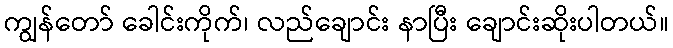
ကျွန်တော် ခေါင်းကိုက်၊ လည်ချောင်း နာပြီး ချောင်းဆိုးပါတယ်။